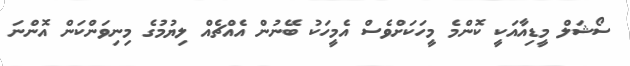
ސޯޝަލް މީޑިއާއަކީ ކޮންމެ މީހަކަށްވެސް އެމީހަކު ބޭނުން އެއްޗެއް ލިޔުމުގެ މިނިވަންކަން އޮންނަ